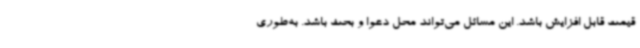
قیمت قابل افزایش باشد. این مسائل می‌تواند محل دعوا و بحث باشد. به‌طوری